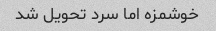
خوشمزه اما سرد تحویل شد